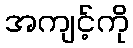
အကျင့်ကို